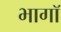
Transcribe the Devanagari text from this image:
भागॉ